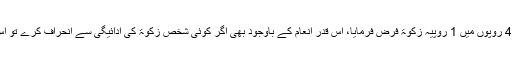
ان تمام ممکنہ صورتوں کے پائے جانے کے بعد 40 روپوں میں 1 روپیہ زکوٰۃ فرض فرمایا، اس قدر انعام کے باوجود بھی اگر کوئی شخص زکوٰۃ کی ادائیگی سے انحراف کرے تو اس سے زیادہ بد نصیب شخص اور کون ہو سکتا ہے!